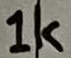
Text: 1k